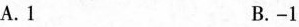
A.1 B.-1